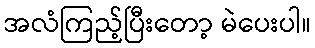
အလံကြည့်ပြီးတော့ မဲပေးပါ။